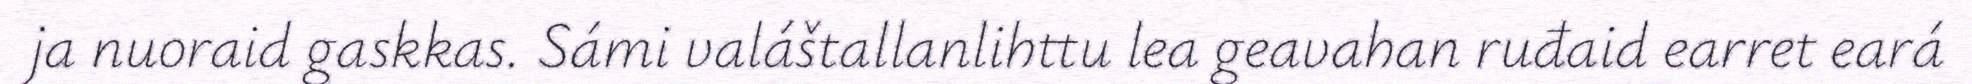
ja nuoraid gaskkas. Sámi valáštallanlihttu lea geavahan ruđaid earret eará